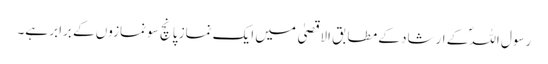
رسول اللہؐ کے ارشاد کے مطابق الاقصیٰ میں ایک نماز پانچ سو نمازوں کے برابر ہے۔